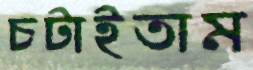
চটাইতাম